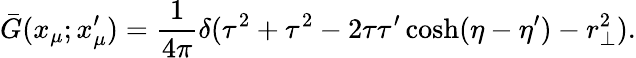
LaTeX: {}\bar{G}(x_{\mu};x_{\mu}^{\prime})=\frac{1}{4\pi}\delta(\tau^{2}+\tau^{2}-2\tau\tau^{\prime}\cosh(\eta-\eta^{\prime})-r_{\bot}^{2}).